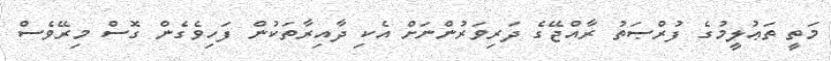
މަތީ ތަޢުލީމުގެ ފުރްޞަތު ރާއްޖޭގެ ދަރިވަރުންނަށް އެކި ދާއިރާތަކުން ފަހިވެގެން ގޮސް މިރޭވެސް